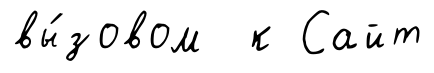
вы́зовом к Сайт